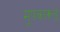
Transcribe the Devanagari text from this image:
मूषकारूढ